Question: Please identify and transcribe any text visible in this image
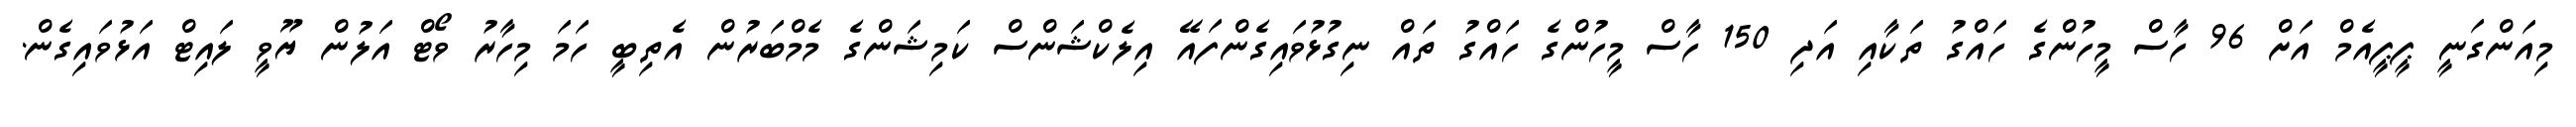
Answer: މިއަންގަނީ ޕީޕީއެމް އަށް 96 ހާސް މީހުންގެ ހައްގު ތަކާއި އަދި 150 ހާސް މީހުންގެ ހައްގު ތައް ނިގުޅުވައިގެންފައޭ އިލެކްޝަންސް ކަމިޝަންގެ މެމްބަރުން އެތިބީ ހަމަ މިހާރު ވޯޓް އަލުން ޔޫވީ ލައިޓް އަޅުވައިގެން.